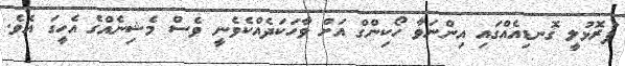
ފުރޮޅުލީ ގޮނޑިއެއްގައި އިންނަވާ ހޯކިންގް އަށް ވާހަކަދެއްކެވެނީ ވެސް މެޝިނެއްގެ އެހީގަ އެވެ.